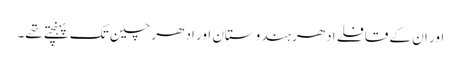
اور ان کے قافلے ادھر ہندوستان اور ادھر چین تک پہنچتے تھے۔